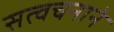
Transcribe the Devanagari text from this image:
सत्वचनाने